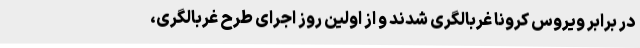
در برابر ویروس کرونا غربالگری شدند و از اولین روز اجرای طرح غربالگری،